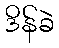
ဒိန်ခဲ